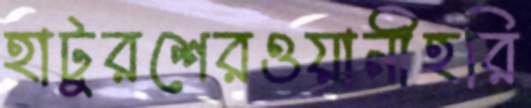
হাটুরশেরওয়ানীহরি